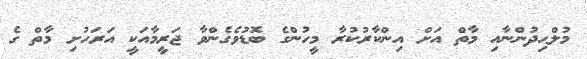
މުލްޙިދުންނާއި މާތް އަށް އިންކާރުކުރާ މީހުންގެ ބޮޑުވެގެންވާ ޖަރީމާއަކީ އަރަހުށި މާތް ގެ